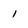
Character: 1